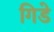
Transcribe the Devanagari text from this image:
गिडे